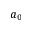
a _ { 0 }